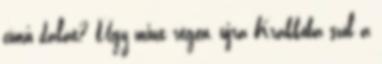
című dalát? Úgy mint régen, újra Krakkóba szól a